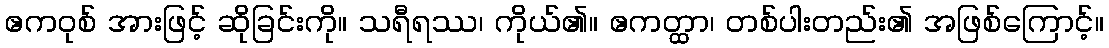
ဧကဝုစ် အားဖြင့် ဆိုခြင်းကို။ သရီရဿ၊ ကိုယ်၏။ ဧကတ္ထာ၊ တစ်ပါးတည်း၏ အဖြစ်ကြောင့်။